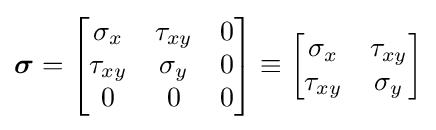
{\boldsymbol {\sigma }}=\left[{\begin{matrix}\sigma _{x}&\tau _{xy}&0\\\tau _{xy}&\sigma _{y}&0\\0&0&0\\\end{matrix}}\right]\equiv \left[{\begin{matrix}\sigma _{x}&\tau _{xy}\\\tau _{xy}&\sigma _{y}\\\end{matrix}}\right]